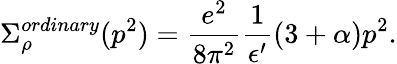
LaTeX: \Sigma_{\rho}^{ordinary}(p^{2})={\frac{e^{2}}{8\pi^{2}}}{\frac{1}{\epsilon^{\prime}}}(3+\alpha)p^{2}.